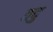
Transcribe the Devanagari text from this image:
तदु